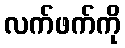
လက်ဖက်ကို